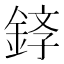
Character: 𫒤